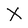
Character: X